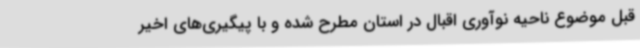
قبل موضوع ناحیه نوآوری اقبال در استان مطرح شده و با پیگیری‌های اخیر